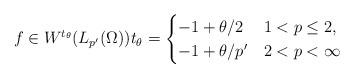
LaTeX: \begin{align*}f \in W^{t_\theta}(L_{p'}(\Omega)) t_\theta = \begin{cases}-1+\theta/2 & 1<p\leq 2,\\-1 + \theta/p' & 2<p< \infty \end{cases}\end{align*}